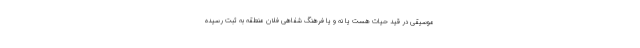
موسیقی در قید حیات هست یا نه و یا فرهنگ شفاهی فلان منطقه به ثبت رسیده